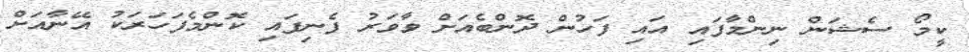
ކީމޯ ސެޝަން ނިންމާފައި އައި ފަހުން ދޮންބެއަށް ވާވަރު ފެނިފައި ކޮންމެފަހަރަކު އޭނާއަށް